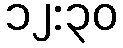
၁၂:၃၀